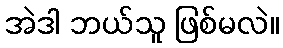
အဲဒါ ဘယ်သူ ဖြစ်မလဲ။